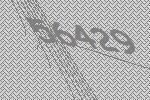
56429